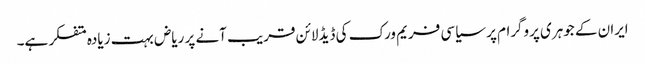
ایران کے جوہری پروگرام پر سیاسی فریم ورک کی ڈیڈلائن قریب آنے پر ریاض بہت زیادہ متفکر ہے۔